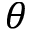
\theta